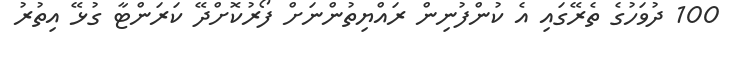
100 ދުވަހުގެ ތެރޭގައި އެ ކުންފުނިން ރައްޔިތުންނަށް ފޯރުކޮށްދޭ ކަރަންޓާ ގުޅޭ އިތުރު